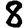
Digit: 8